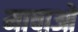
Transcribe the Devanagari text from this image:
माचाओ